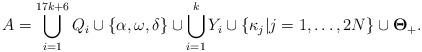
LaTeX: \begin{align*}A=\bigcup\limits^{17k+6}_{i=1} Q_i \cup \{ \alpha,\omega,\delta \} \cup \bigcup\limits_{i=1}^{k} Y_i \cup \{ \kappa_j | j=1,\dots,2N \} \cup \mathbf\Theta_+.\end{align*}